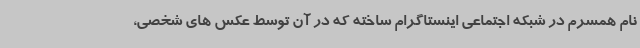
نام همسرم در شبکه اجتماعی اینستاگرام ساخته که در آن توسط عکس های شخصی،